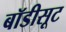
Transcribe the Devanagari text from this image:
बॉडीसूट